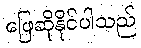
ဖြေဆိုနိုင်ပါသည်